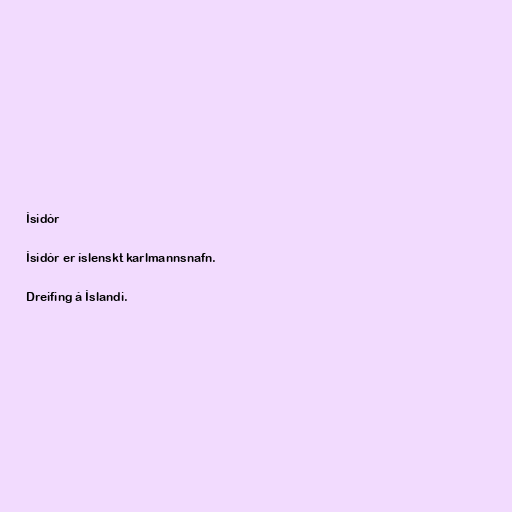
Ísidór

Ísidór er íslenskt karlmannsnafn.

Dreifing á Íslandi.